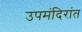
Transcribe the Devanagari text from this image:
उपमंदिरांत